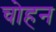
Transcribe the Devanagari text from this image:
चोहन